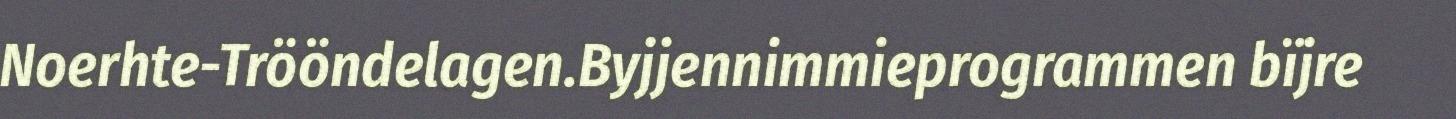
Noerhte-Trööndelagen.Byjjennimmieprogrammen bïjre